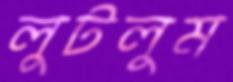
লুটলুম